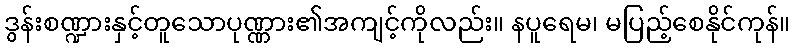
ဒွန်းစဏ္ဍားနှင့်တူသောပုဏ္ဏား၏အကျင့်ကိုလည်း။ နပူရေမ၊ မပြည့်စေနိုင်ကုန်။